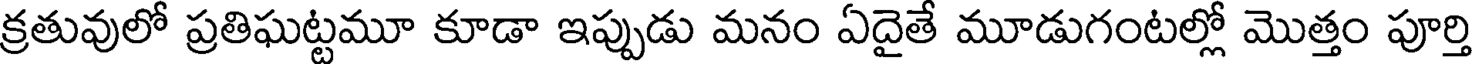
క్రతువులో ప్రతిఘట్టమూ కూడా ఇప్పుడు మనం ఏదైతే మూడుగంటల్లో మొత్తం పూర్తి